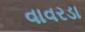
વાવરડા